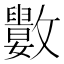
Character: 𣀭